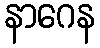
နာဂေန